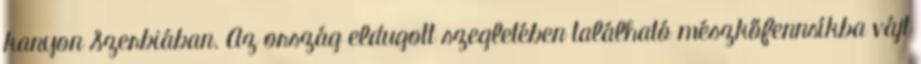
kanyon Szerbiában. Az ország eldugott szegletében található mészkőfennsíkba vájt